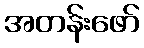
အတန်းဖော်